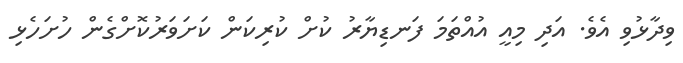
ވިދާޅުވި އެވެ. އަދި މިއީ އުއްތަމަ ފަނޑިޔާރު ކުށް ކުރިކަން ކަށަވަރުކޮށްގެން ހުށަހެޅި